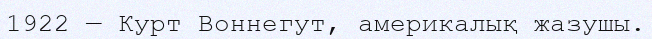
1922 — Курт Воннегут, америкалық жазушы.